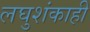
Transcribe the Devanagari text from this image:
लघुशंकाही